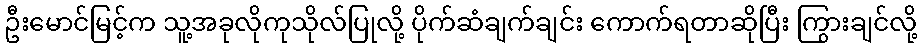
ဦးမောင်မြင့်က သူ့အခုလိုကုသိုလ်ပြုလို့ ပိုက်ဆံချက်ချင်း ကောက်ရတာဆိုပြီး ကြွားချင်လို့